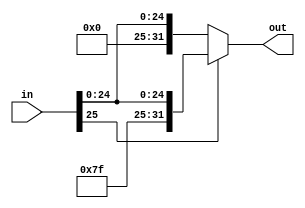
`timescale 1ns / 1ps
//////////////////////////////////////////////////////////////////////////////////
// Company: 
// Engineer: 
// 
// Design Name: 
// Module Name:    SignExtend26_32 
// Project Name: 
// Target Devices: 
// Tool versions: 
// Description: 
//
// Dependencies: 
//
// Revision: 
// Revision 0.01 - File Created
// Additional Comments: 
//
//////////////////////////////////////////////////////////////////////////////////
module SignExtend26_32(input wire [25:0] in, output reg [31:0] out);

	always @(*)
	begin
		if(in[25] == 1)
		begin
			out = {6'b111111 , in}; 
		end
		else
		begin
			out = {6'b000000, in};
		end
	end

endmodule